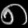
Digit: ၈